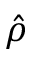
\hat { \rho }